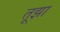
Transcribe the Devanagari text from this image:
तूझा